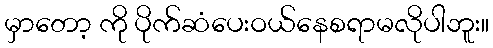
မှာတော့ ကို ပိုက်ဆံပေးဝယ်နေစရာမလိုပါဘူး။